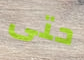
حتى